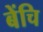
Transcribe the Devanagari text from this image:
बेंचि